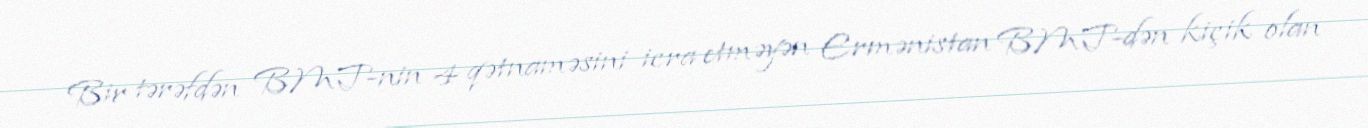
Bir tərəfdən BMT-nin 4 qətnaməsini icra etməyən Ermənistan BMT-dən kiçik olan